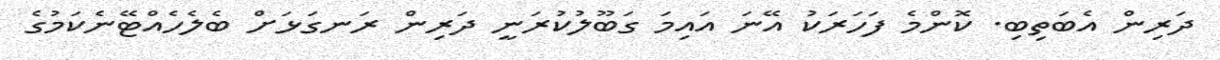
ދަރިން އެބަތިބި. ކޮންމެ ފަހަރަކު އޭނަ އައިމަ ގަބޫލުކުރަނީ ދަރިން ރަނގަޅަށް ބެލެހެއްޓޭނެކަމުގެ